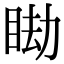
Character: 䀷